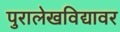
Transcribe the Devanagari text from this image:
पुरालेखविद्यावर